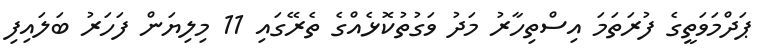
ޕަދްމަވަތީގެ ފުރަތަމަ އިސްތިހާރު މަދު ވަގުތުކޮޅެއްގެ ތެރޭގައި 11 މިލިޔަން ފަހަރު ބަލައިފި